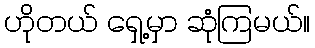
ဟိုတယ် ရှေ့မှာ ဆုံကြမယ်။